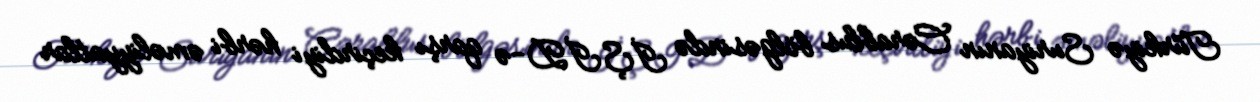
Türkiyə Suriyanın Cərablus bölgəsində İŞİD-ə qarşı keçirdiyi hərbi əməliyyatlar